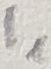
Text: I1